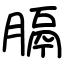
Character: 膈